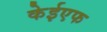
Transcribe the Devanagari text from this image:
केईएफ